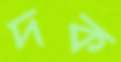
দক